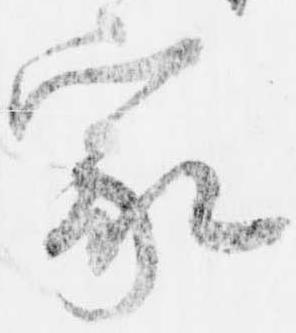
家